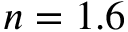
n = 1 . 6